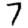
Digit: 7